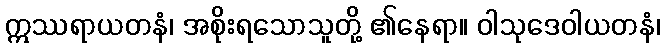
ဣဿရာယတနံ၊ အစိုးရသောသူတို့ ၏နေရာ။ ဝါသုဒေဝါယတနံ၊